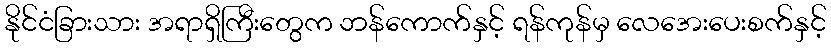
နိုင်ငံခြားသား အရာရှိကြီးတွေက ဘန်ကောက်နှင့် ရန်ကုန်မှ လေအေးပေးစက်နှင့်